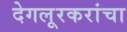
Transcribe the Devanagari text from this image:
देगलूरकरांचा